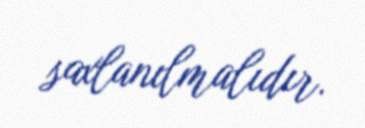
saxlanılmalıdır.